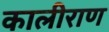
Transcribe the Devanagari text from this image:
कालीराण